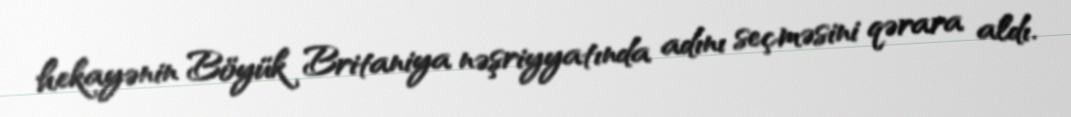
hekayənin Böyük Britaniya nəşriyyatında adını seçməsini qərara aldı.